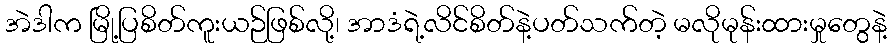
အဲဒါက မြို့ပြစိတ်ကူးယဉ်ဖြစ်လို့၊ အာဒံရဲ့လိင်စိတ်နဲ့ပတ်သက်တဲ့ မလိုမုန်းထားမှုတွေနဲ့